Senior Leaving Certificate Examination (including Day School Certificate (Higher) General paper), 1946
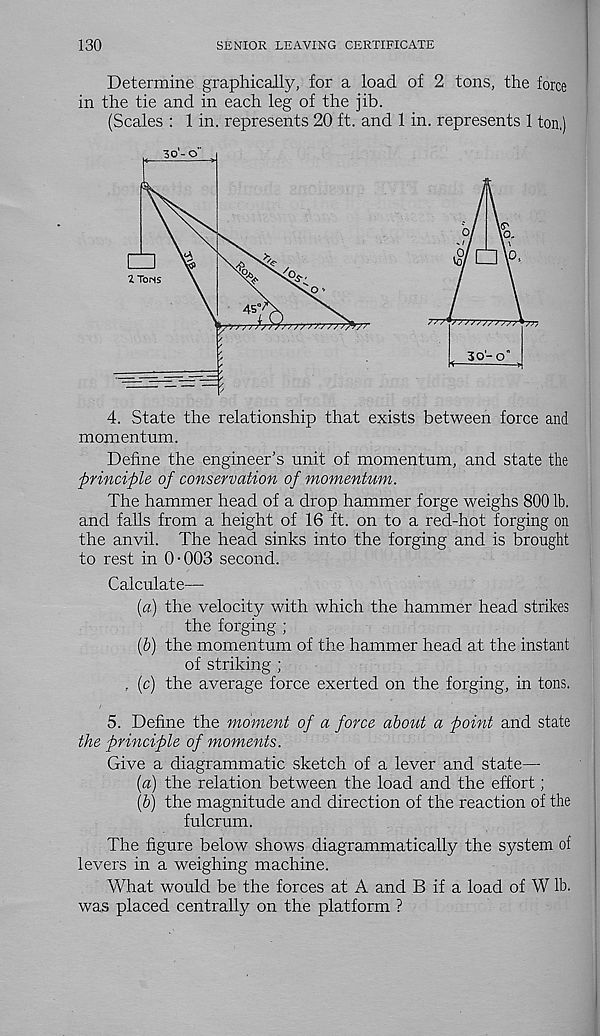
130
SENIOR LEAVING CERTIFICATE
Determine graphically, for a load of 2 tons, the force
in the tie and in each leg of the jib.
(Scales : 1 in. represents 20 ft. and 1 in. represents 1 ton.)
4. State the relationship that exists between force and
momentum.
Define the engineer’s unit of momentum, and state the
principle of conservation of momentum.
The hammer head of a drop hammer forge weighs 800 lb.
and falls from a height of 16 ft. on to a red-hot forging on
the anvil. The head sinks into the forging and is brought
to rest in 0-003 second.
Calculate—
{a) the velocity with which the hammer head strikes
the forging ;
(b) the momentum of the hammer head at the instant
of striking ;
, (c) the average force exerted on the forging, in tons.
5. Define the moment of a force about a point and state
the principle of moments.
Give a diagrammatic sketch of a lever and state—
[a) the relation between the load and the effort;
[b) the magnitude and direction of the reaction of the
fulcrum.
The figure below shows diagrammatically the system of
levers in a weighing machine.
What would be the forces at A and B if a load of W lb.
was placed centrally on the platform ?